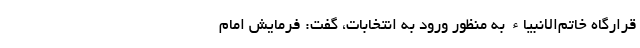
قرارگاه خاتم‌الانبیاء به منظور ورود به انتخابات، گفت: فرمایش امام